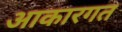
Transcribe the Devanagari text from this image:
आकारगत